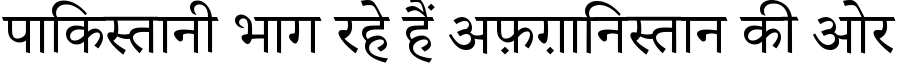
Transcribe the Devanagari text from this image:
पाकिस्तानी भाग रहे हैं अफ़ग़ानिस्तान की ओर